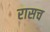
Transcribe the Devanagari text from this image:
रासच